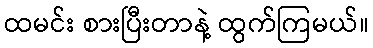
ထမင်း စားပြီးတာနဲ့ ထွက်ကြမယ်။